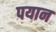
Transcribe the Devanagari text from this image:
पयान